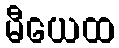
မီယေထ